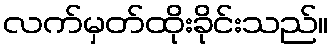
လက်မှတ်ထိုးခိုင်းသည်။